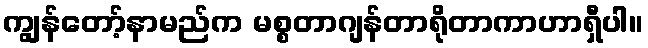
ကျွန်တော့်နာမည်က မစ္စတာဂျန်တာရိုတာကာဟာရှီပါ။